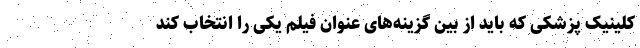
کلینیک پزشکی که باید از بین گزینه‌های عنوان فیلم یکی را انتخاب کند